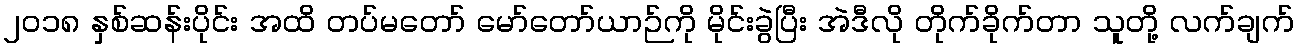
၂ဝ၁၈ နှစ်ဆန်းပိုင်း အထိ တပ်မတော် မော်တော်ယာဉ်ကို မိုင်းခွဲပြီး အဲဒီလို တိုက်ခိုက်တာ သူတို့ လက်ချက်